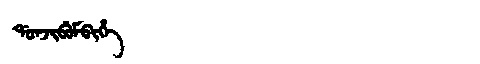
Manchu: ᡩᠣᠨᠵᡳᠪᡠᠮᠪᡳᡥᡝ
Romanization: DONJIBUMBIHE